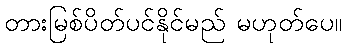
တားမြစ်ပိတ်ပင်နိုင်မည် မဟုတ်ပေ။